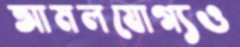
আমলযোগ্যও